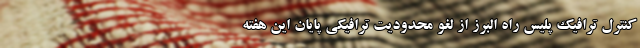
کنترل ترافیک پلیس راه البرز از لغو محدودیت ترافیکی پایان این هفته